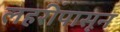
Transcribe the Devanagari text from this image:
लहरींपासून